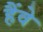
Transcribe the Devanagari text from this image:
हैंवे